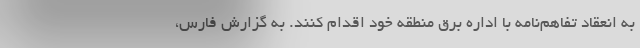
به انعقاد تفاهم‌نامه با اداره برق منطقه خود اقدام کنند. به گزارش فارس،